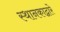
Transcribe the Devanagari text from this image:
स्थानकाद्वारे